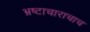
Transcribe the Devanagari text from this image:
भ्रष्टाचाराचाच